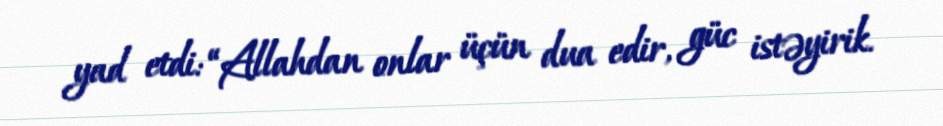
yad etdi: “Allahdan onlar üçün dua edir, güc istəyirik.